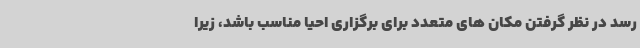
رسد در نظر گرفتن مکان های متعدد برای برگزاری احیا مناسب باشد، زیرا